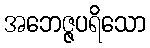
အဘေဇ္ဇပရိသော